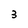
Character: 3